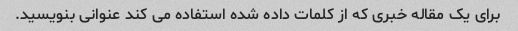
برای یک مقاله خبری که از کلمات داده شده استفاده می کند عنوانی بنویسید.